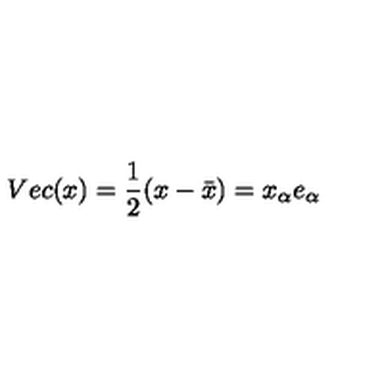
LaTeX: V e c ( x ) = \frac { 1 } { 2 } ( x - \bar { x } ) = x _ { \alpha } e _ { \alpha }